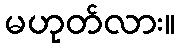
မဟုတ်လား။